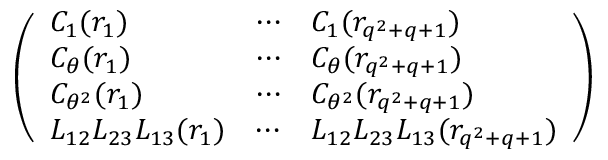
\begin{array} { r } { \left( \begin{array} { l l l } { C _ { 1 } ( r _ { 1 } ) } & { \cdots } & { C _ { 1 } ( r _ { q ^ { 2 } + q + 1 } ) } \\ { C _ { \theta } ( r _ { 1 } ) } & { \cdots } & { C _ { \theta } ( r _ { q ^ { 2 } + q + 1 } ) } \\ { C _ { \theta ^ { 2 } } ( r _ { 1 } ) } & { \cdots } & { C _ { \theta ^ { 2 } } ( r _ { q ^ { 2 } + q + 1 } ) } \\ { L _ { 1 2 } L _ { 2 3 } L _ { 1 3 } ( r _ { 1 } ) } & { \cdots } & { L _ { 1 2 } L _ { 2 3 } L _ { 1 3 } ( r _ { q ^ { 2 } + q + 1 } ) } \end{array} \right) } \end{array}